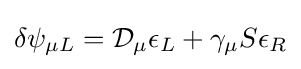
\delta \psi _{\mu L}={\mathcal {D}}_{\mu }\epsilon _{L}+\gamma _{\mu }S\epsilon _{R}